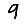
Digit: 9